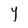
Character: Y